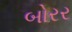
બોરર